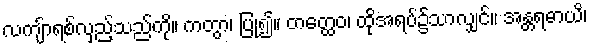
လကျ်ာရစ်လှည့်သည်ကို။ ကတွာ၊ ပြု၍။ တတ္ထေဝ၊ ထိုအရပ်၌သာလျှင်။ အန္တရဓာယိ၊